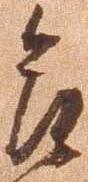
合